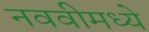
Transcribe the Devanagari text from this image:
नववीमध्ये